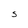
Character: S